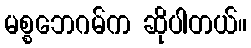
မစ္စဘေဂမ်က ဆိုပါတယ်။